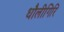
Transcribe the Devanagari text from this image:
धौलीगिरि